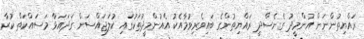
ރައްޔިތުންނަށް އުންމީދު ގެނެސްދީ ރައްޔިތުންގެ ބައިވެރިވުމާއެކު އެއުންމީދުތަކުގައި ކުލަޖައްސަން ގަދައަޅާ މަސައްކަތް ކުރާ